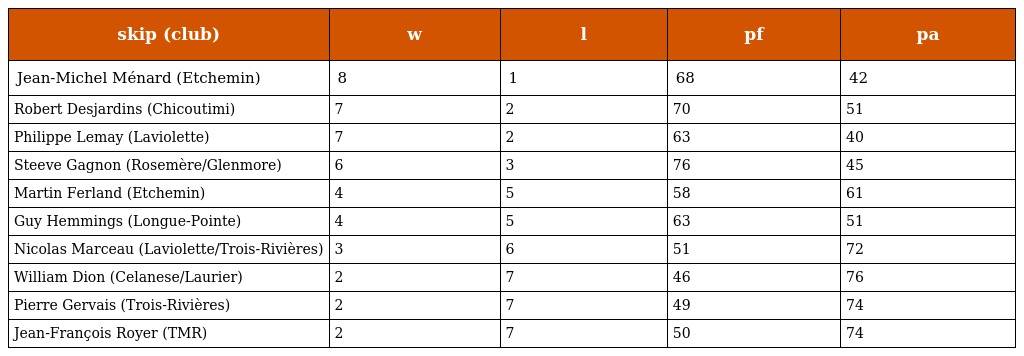
| skip (club) | w | l | pf | pa |
 | --- | --- | --- | --- | --- |
 | Jean-Michel Ménard (Etchemin) | 8 | 1 | 68 | 42 |
 | Robert Desjardins (Chicoutimi) | 7 | 2 | 70 | 51 |
 | Philippe Lemay (Laviolette) | 7 | 2 | 63 | 40 |
 | Steeve Gagnon (Rosemère/Glenmore) | 6 | 3 | 76 | 45 |
 | Martin Ferland (Etchemin) | 4 | 5 | 58 | 61 |
 | Guy Hemmings (Longue-Pointe) | 4 | 5 | 63 | 51 |
 | Nicolas Marceau (Laviolette/Trois-Rivières) | 3 | 6 | 51 | 72 |
 | William Dion (Celanese/Laurier) | 2 | 7 | 46 | 76 |
 | Pierre Gervais (Trois-Rivières) | 2 | 7 | 49 | 74 |
 | Jean-François Royer (TMR) | 2 | 7 | 50 | 74 |